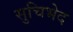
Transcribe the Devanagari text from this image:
सुचिभेद